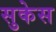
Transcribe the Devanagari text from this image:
सुकेस